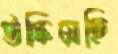
উস্‌কিয়েছি